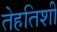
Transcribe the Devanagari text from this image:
तेहतिशी